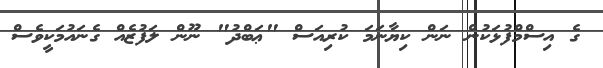
ގެ އިސްމްފުޅަކުން ނަން ކިޔާނަމަ ކުރިއަސް "ޢަބްދު" ނޫން ލަފުޒެއް ގެނައުމަކީވެސް